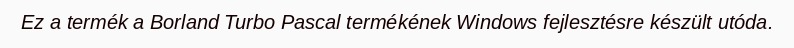
Ez a termék a Borland Turbo Pascal termékének Windows fejlesztésre készült utóda.